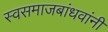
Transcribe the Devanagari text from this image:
स्वसमाजबांधवांनी